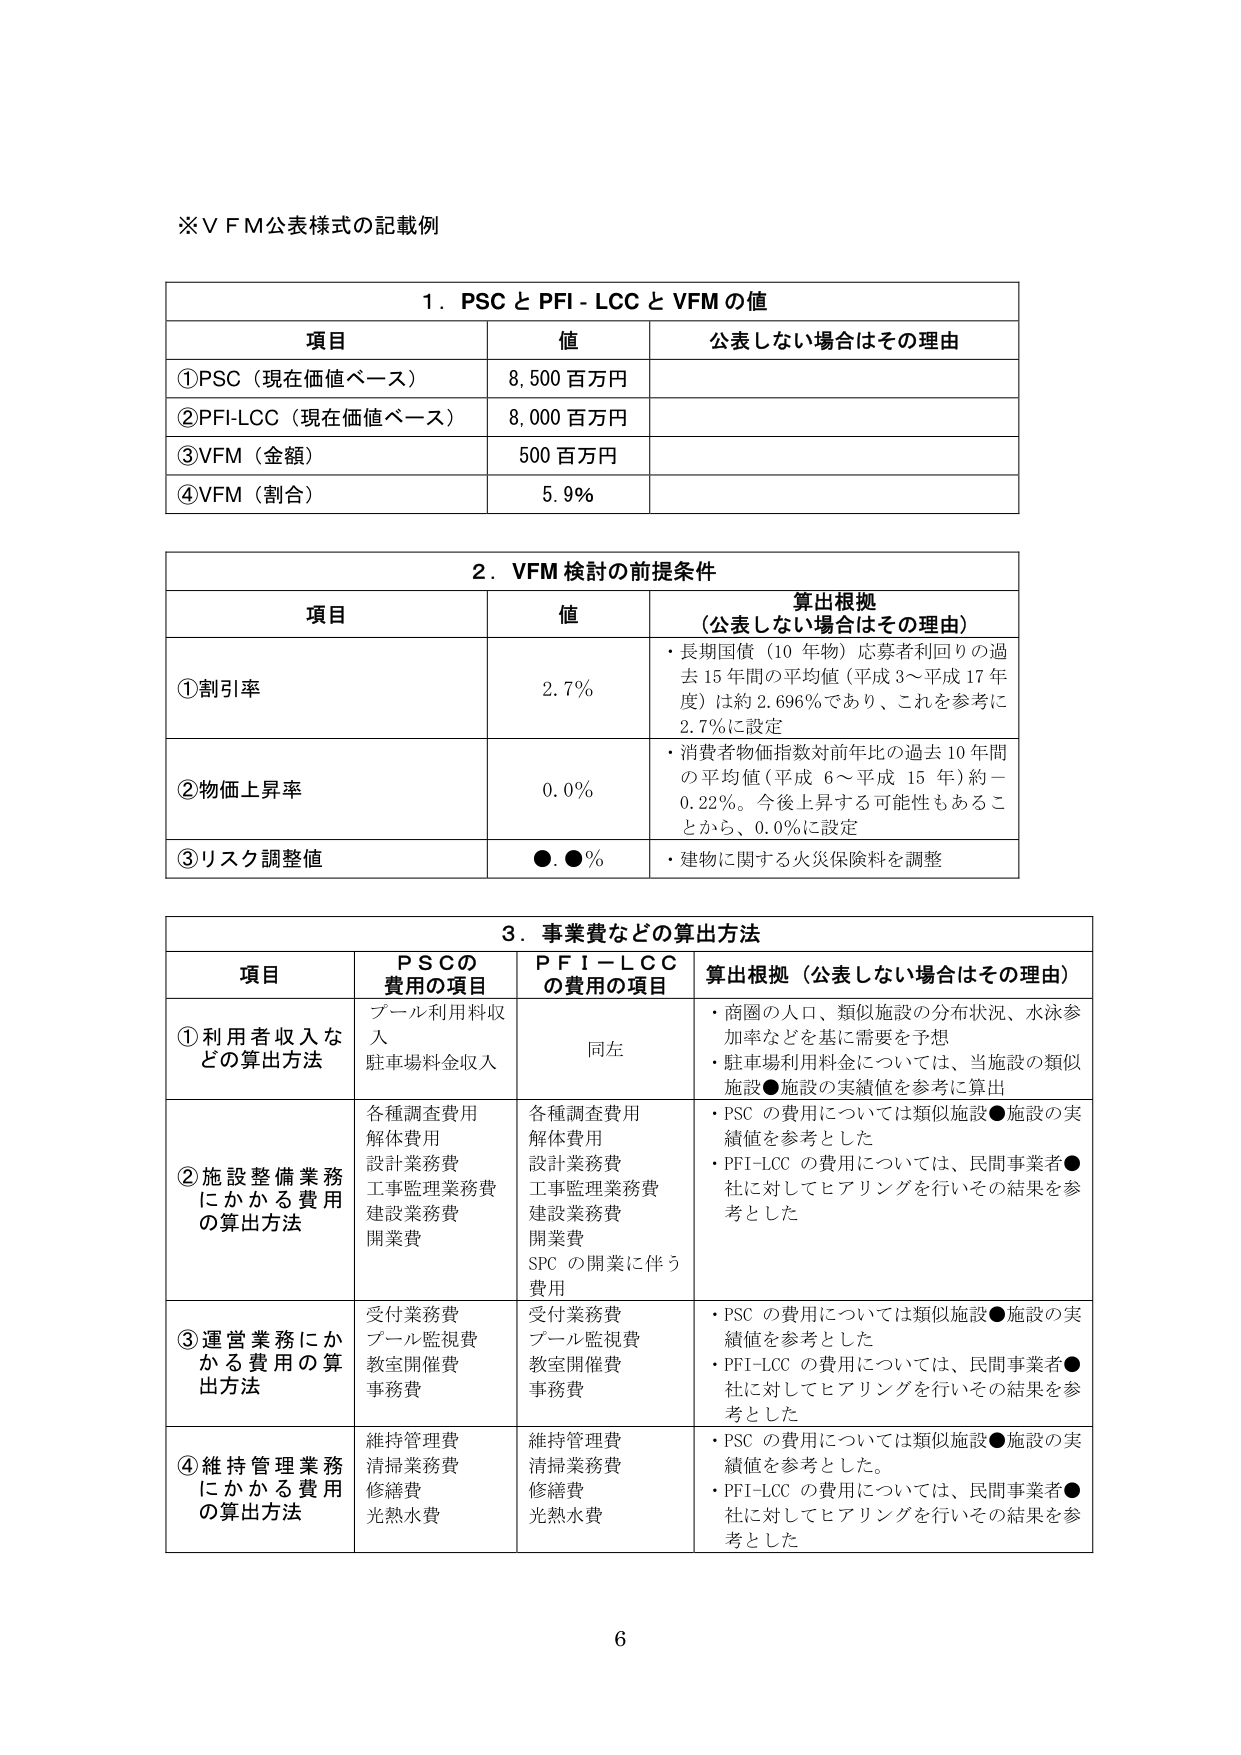
※ＶＦＭ公表様式の記載例

１．ＰＳＣとＰＦＩ－ＬＣＣとＶＦＭの値
項目　　　　　　　　　値　　　　　　　公表しない場合はその理由
①ＰＳＣ（現在価値ベース）　８，５００百万円
②ＰＦＩ－ＬＣＣ（現在価値ベース）　８，０００百万円
③ＶＦＭ（金額）　５００百万円
④ＶＦＭ（割合）　５．９％

２．ＶＦＭ検討の前提条件
項目　　　　　　　値　　　　　　　算出根拠（公表しない場合はその理由）
①割引率　　　　　　２．７％　　　　・長期国債（10年物）応募者利回りの過去15年間の平均値（平成3～平成17年度）は約2.696％であり、これを参考に2.7％に設定
②物価上昇率　　　　０．０％　　　　・消費者物価指数対前年比の過去10年間の平均値（平成6～平成15年）約－0.22％。今後上昇する可能性もあることから、0.0％に設定
③リスク調整値　　　●．●％　　　　・建物に関する火災保険料を調整

３．事業費などの算出方法
項目　　　　　　　ＰＳＣの費用の項目　　　ＰＦＩ－ＬＣＣの費用の項目　　　算出根拠（公表しない場合はその理由）
①利用者収入などの算出方法　プール利用料収入　　　　　同左　　　　　　・商圏の人口、類似施設の分布状況、水泳参加率などを基に需要を予想
　　　　　　　　　駐車場料金収入　　　　　　　　　　　　・駐車場利用料金については、当施設の類似施設●施設の実績値を参考に算出
②施設整備業務にかかる費用の算出方法　各種調査費用　　　　　各種調査費用　　　　・ＰＳＣの費用については類似施設●施設の実績値を参考とした
　　　　　　　　　解体費用　　　　　　　　解体費用　　　　　　・ＰＦＩ－ＬＣＣの費用については、民間事業者●社に対してヒアリングを行いその結果を参考とした
　　　　　　　　　設計業務費　　　　　　　設計業務費
　　　　　　　　　工事監理業務費　　　　　工事監理業務費
　　　　　　　　　建設業務費　　　　　　　建設業務費
　　　　　　　　　開業費　　　　　　　　　開業費
　　　　　　　　　　　　　　　　　　　　ＳＰＣの開業に伴う費用
③運営業務にかかる費用の算出方法　受付業務費　　　　　　受付業務費　　　　・ＰＳＣの費用については類似施設●施設の実績値を参考とした
　　　　　　　　　プール監視費　　　　　　プール監視費　　　　・ＰＦＩ－ＬＣＣの費用については、民間事業者●社に対してヒアリングを行いその結果を参考とした
　　　　　　　　　教室開催費　　　　　　　教室開催費
　　　　　　　　　事務費　　　　　　　　　事務費
④維持管理業務にかかる費用の算出方法　維持管理費　　　　　　維持管理費　　　　・ＰＳＣの費用については類似施設●施設の実績値を参考とした。
　　　　　　　　　清掃業務費　　　　　　　清掃業務費　　　　・ＰＦＩ－ＬＣＣの費用については、民間事業者●社に対してヒアリングを行いその結果を参考とした
　　　　　　　　　修繕費　　　　　　　　　修繕費
　　　　　　　　　光熱水費　　　　　　　　光熱水費

6